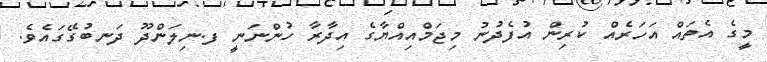
މީގެ އެތައް އަހަރެއް ކުރިން އުފެދުނު މިޖަމްއިއްޔާގެ އިދާރާ ހުންނަނީ ފ.ނިލަންދޫ ދަނބުގޭގައެވެ.